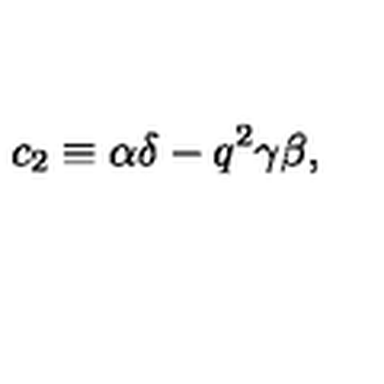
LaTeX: c _ { 2 } \equiv \alpha \delta - q ^ { 2 } \gamma \beta ,